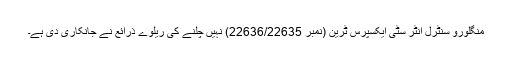
منگلورو سنٹرل انٹر سٹی ایکسپرس ٹرین (نمبر 22636/22635) نہیں چلنے کی ریلوے ذرائع نے جانکاری دی ہے۔